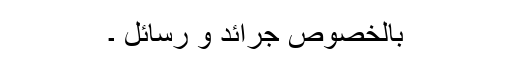
بالخصوص جرائد و رسائل ۔